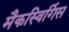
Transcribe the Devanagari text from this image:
मैकस्विगिंस